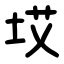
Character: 㘷